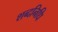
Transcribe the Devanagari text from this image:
शब्दनिधि